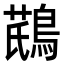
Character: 𪂛